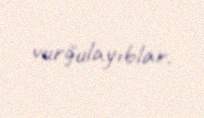
vurğulayıblar.